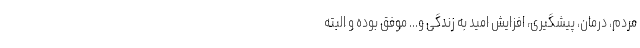
مردم، درمان، پیشگیری، افزایش امید به زندگی و... موفق بوده و البته